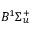
B ^ { 1 } \Sigma _ { u } ^ { + }